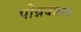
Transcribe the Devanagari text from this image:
पोन्नबालम